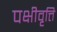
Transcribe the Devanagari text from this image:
पक्षीवृत्ति